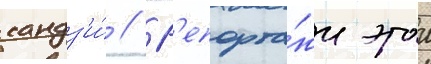
кандз'и́ // Р'епорта́жи этои